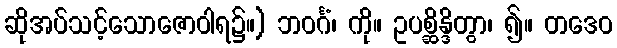
ဆိုအပ်သင့်သောဇောဝါရ၌။) ဘဝင်္ဂံ၊ ကို။ ဥပစ္ဆိန္ဒိတွာ၊ ၍။ တဒေဝ